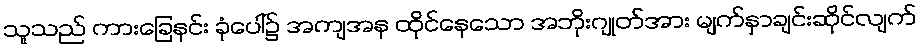
သူသည် ကားခြေနင်း ခုံပေါ်၌ အကျအန ထိုင်နေသော အဘိုးဂျုတ်အား မျက်နှာချင်းဆိုင်လျက်